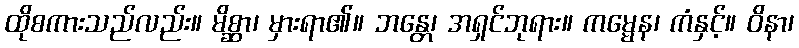
ထိုစကားသည်လည်း။ မိစ္ဆာ၊ မှားရာ၏။ ဘန္တေ၊ အရှင်ဘုရား။ ကမ္မေန၊ ကံနှင့်။ ဝိနာ၊